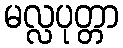
မလ္လပုတ္တာ